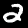
Label: 2